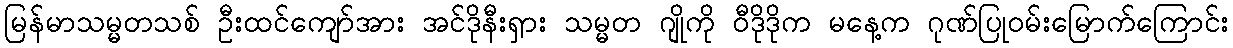
မြန်မာသမ္မတသစ် ဦးထင်ကျော်အား အင်ဒိုနီးရှား သမ္မတ ဂျိုကို ဝီဒိုဒိုက မနေ့က ဂုဏ်ပြုဝမ်းမြောက်ကြောင်း